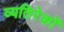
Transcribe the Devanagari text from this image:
व्यतिरेकों